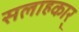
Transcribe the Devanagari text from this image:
सलाहकार्